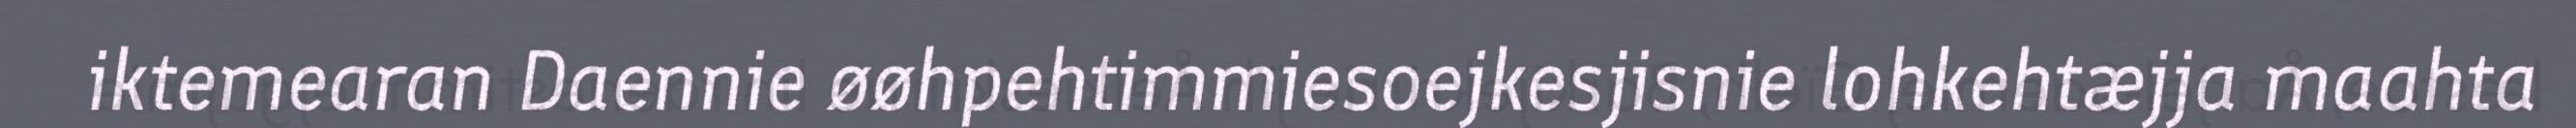
iktemearan Daennie øøhpehtimmiesoejkesjisnie lohkehtæjja maahta